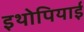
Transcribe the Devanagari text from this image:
इथोपियाई